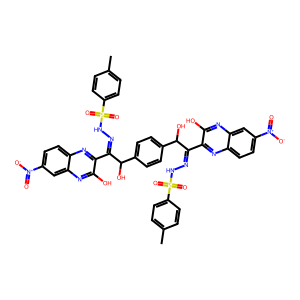
SMILES: Cc1ccc(S(=O)(=O)NN=C(c2nc3ccc([N+](=O)[O-])cc3nc2O)C(O)c2ccc(C(O)C(=NNS(=O)(=O)c3ccc(C)cc3)c3nc4ccc([N+](=O)[O-])cc4nc3O)cc2)cc1
Inhibits HIV replication: No